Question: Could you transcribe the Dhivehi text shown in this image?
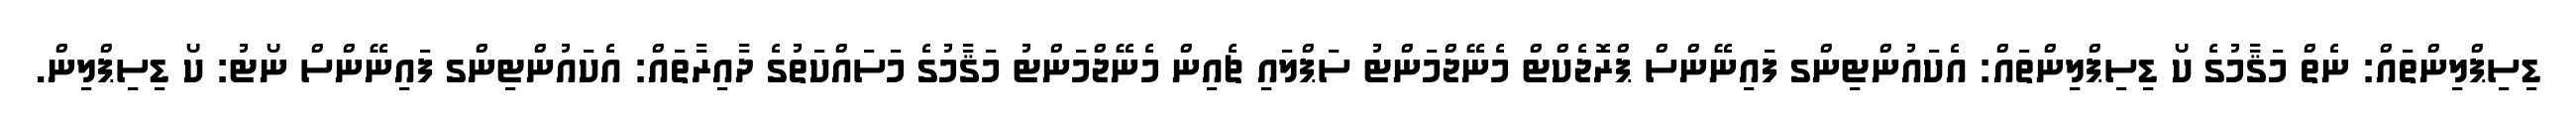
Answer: ޑިސިޕްލިންތައް: ނެތް މަޤާމުގެ ކޯ ޑިސިޕްލިންތައް: އެކައުންޓިންގ ފައިނޭންސް ޕްރޮޖެކްޓް މެނޭޖްމަންޓު ސަޕްލައި ޗެއިން މެނޭޖްމަންޓު މަޤާމުގެ މަސައްކަތުގެ ދާއިރާތައް: އެކައުންޓިންގ ފައިނޭންސް ނޯޓު: ކޯ ޑިސިޕްލިން.